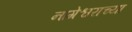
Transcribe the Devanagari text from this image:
नागेश्वराच्या